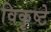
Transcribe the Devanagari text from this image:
विकृष्टे